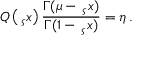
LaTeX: Q \left( \, _ { \varsigma } x \right) \frac { \Gamma ( \mu - \, _ { \varsigma } x ) } { \Gamma ( 1 - \, _ { \varsigma } x ) } = \eta \, .